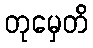
တုမှေတိ